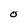
Character: O